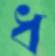
ধ